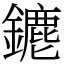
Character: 䥝